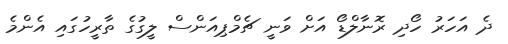
ދެ އަހަރު ހޯދި ރޮނާލްޑޯ އަށް ވަނީ ޗެމްޕިއަންސް ލީގުގެ ތާރީހުގައި އެންމެ